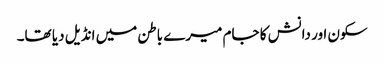
سکون اور دانش کا جام میرے باطن میں انڈیل دیا تھا۔